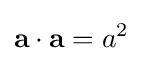
\mathbf {a} \cdot \mathbf {a} =a^{2}